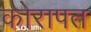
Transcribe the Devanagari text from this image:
कोरापत